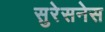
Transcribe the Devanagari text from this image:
सुरेसनेस